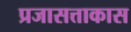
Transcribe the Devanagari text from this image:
प्रजासत्ताकास